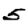
Digit: 5